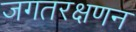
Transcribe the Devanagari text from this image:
जगतरक्षणन